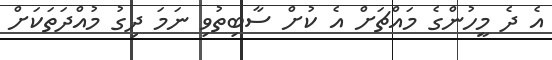
އެ ދެ މީހުންގެ މައްޗަށް އެ ކުށް ސާބިތުވި ނަމަ ދިގު މުއްދަތަކަށް